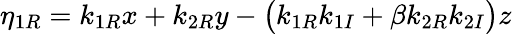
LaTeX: \eta_{1R}=k_{1R}x+k_{2R}y-\big(k_{1R}k_{1I}+\beta k_{2R}k_{2I}\big)z